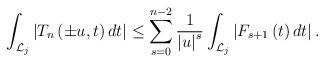
LaTeX: \begin{align*}\int_{\mathcal{L}_{j}}{\left\vert {T_{n}\left( \pm {u,t}\right) dt}\right\vert }\leq \sum\limits_{s=0}^{n-2}{\frac{1}{\left\vert u\right\vert^{s}}\int_{\mathcal{L}_{j}}{\left\vert {F_{s+1}\left( t\right) dt}\right\vert.}} \end{align*}